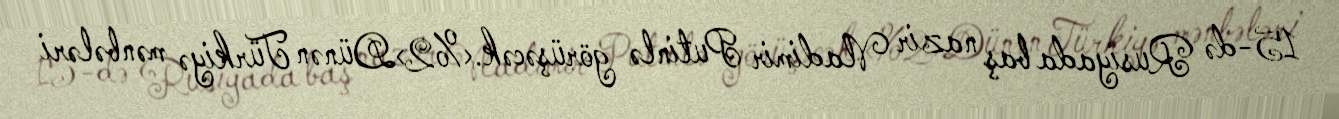
15-də Rusiyada baş nazir Vladimir Putinlə görüşəcək.<%2>Dünən Türkiyə mənbələri